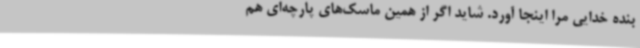
بنده خدایی مرا اینجا آورد. شاید اگر از همین ماسک‌های پارچه‌ای هم